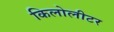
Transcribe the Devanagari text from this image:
किलोलीटर